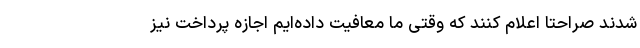
شدند صراحتا اعلام کنند که وقتی ما معافیت داده‌ایم اجازه پرداخت نیز